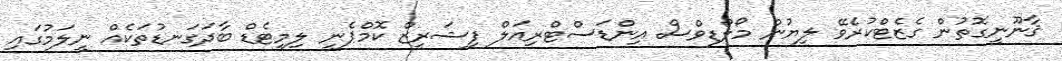
ޤާނޫނީގޮތުން ގެޒެޓްކުރެވޭ ލިޔުން މޯލްޑިވްސް އިންޑަސްޓްރިއަލް ފިޝަރީޒް ކޮމްޕެނީ ލިމިޓެޑް ބާދަގަނޑުތަކެއް ނީލަމުގައި